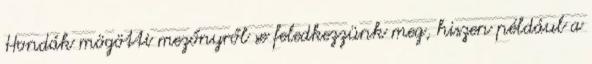
Hondák mögötti mezőnyről se feledkezzünk meg, hiszen például a